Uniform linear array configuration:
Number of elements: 16
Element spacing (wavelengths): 0.25
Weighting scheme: exponential
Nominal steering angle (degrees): -30
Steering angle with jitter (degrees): -31.416
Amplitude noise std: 0.05
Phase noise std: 0.05

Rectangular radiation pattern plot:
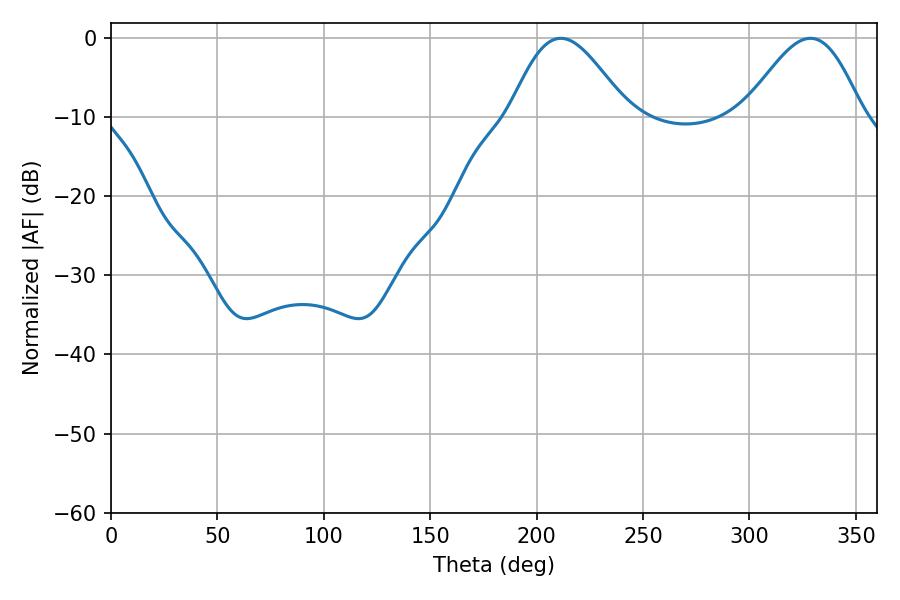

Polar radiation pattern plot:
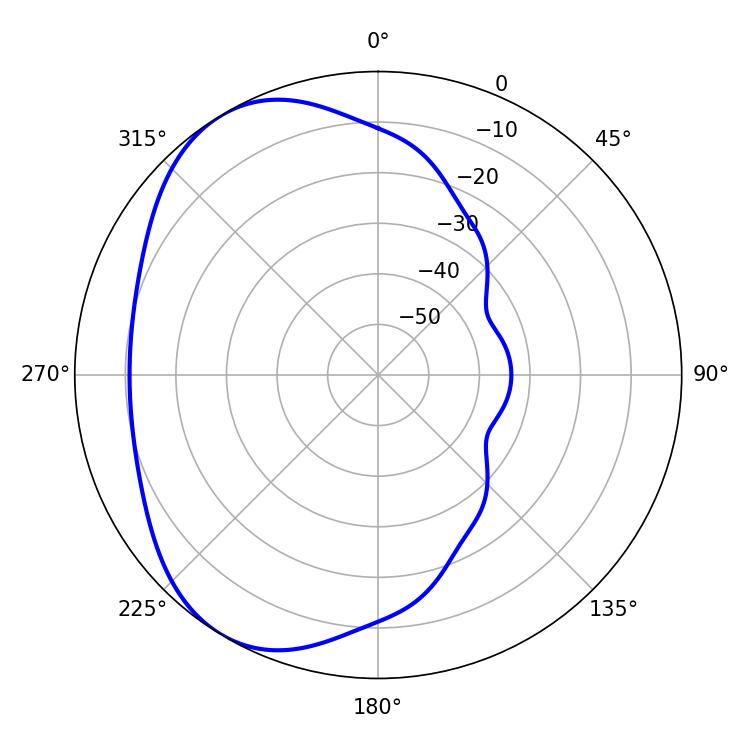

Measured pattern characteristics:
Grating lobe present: FALSE
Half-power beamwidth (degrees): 29.34
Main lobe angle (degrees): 211.32